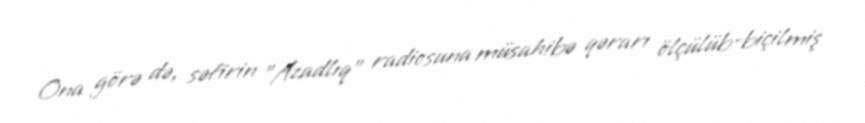
Ona görə də, səfirin "Azadlıq" radiosuna müsahibə qərarı ölçülüb-biçilmiş